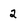
Character: 2